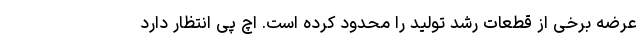
عرضه برخی از قطعات رشد تولید را محدود کرده است. اچ پی انتظار دارد